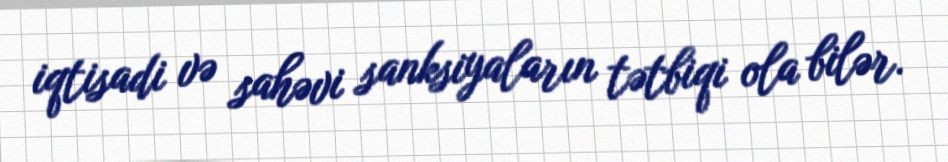
iqtisadi və sahəvi sanksiyaların tətbiqi ola bilər.